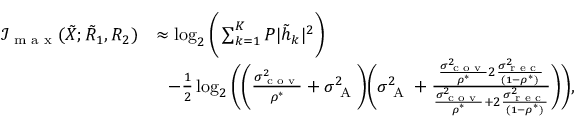
\begin{array} { r l } { \mathcal { I } _ { \textrm { m a x } } ( { { { \tilde { X } } } } ; { { { \tilde { R } } } _ { 1 } } , { { { R } } _ { 2 } } ) } & { \approx \log _ { 2 } \bigg ( \sum _ { k = 1 } ^ { K } P | \tilde { h } _ { k } | ^ { 2 } \bigg ) } \\ & { \, \, \, \, - \frac { 1 } { 2 } \log _ { 2 } \bigg ( \bigg ( { { \frac { \sigma _ { \textrm { c o v } } ^ { 2 } } { \rho ^ { * } } } } + \sigma _ { \textrm { A } } ^ { 2 } \bigg ) \bigg ( { \sigma _ { \textrm { A } } ^ { 2 } } + \frac { { { \frac { \sigma _ { \textrm { c o v } } ^ { 2 } } { \rho ^ { * } } } } 2 \frac { \sigma _ { \textrm { r e c } } ^ { 2 } } { ( 1 - \rho ^ { * } ) } } { { { \frac { \sigma _ { \textrm { c o v } } ^ { 2 } } { \rho ^ { * } } } } + 2 \frac { \sigma _ { \textrm { r e c } } ^ { 2 } } { ( 1 - \rho ^ { * } ) } } \bigg ) \bigg ) , } \end{array}